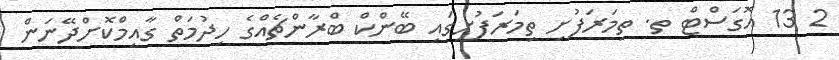
2 13 އޮގަސްޓް ތ. ތިމަރަފުށި ތިމަރަފުށީގައި ބޭންކް ބްރާންޗެއްގެ ހިދުމަތް ގާއިމްކޮށްދޭނަން